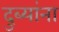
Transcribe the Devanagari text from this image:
दुब्यांना